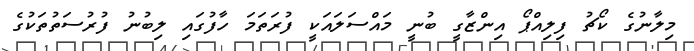
މިލާނުގެ ކޯޗު ފިލިއްޕޯ އިންޒާގީ ބުނީ މައްސަލައަކީ ފުރަތަމަ ހާފުގައި ލިބުނު ފުރުސަތުތަކުގެ